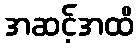
အဆင့်အထိ